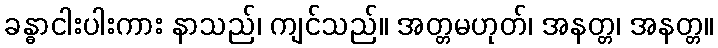
ခန္ဓာငါးပါးကား နာသည်၊ ကျင်သည်။ အတ္တမဟုတ်၊ အနတ္တ၊ အနတ္တ။